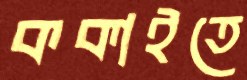
ককাইতে